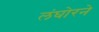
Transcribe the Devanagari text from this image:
लंघोरने